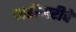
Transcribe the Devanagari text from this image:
जरीमरीचे